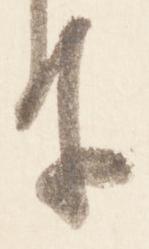
尓